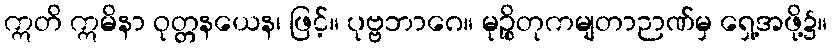
ဣတိ ဣမိနာ ဝုတ္တနယေန၊ ဖြင့်။ ပုဗ္ဗဘာဂေ။ မုဉ္စိတုကမျတာဉာဏ်မှ ရှေ့အဖို့၌။